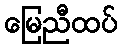
မြေညီထပ်